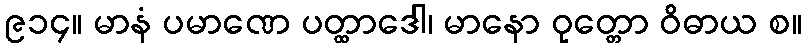
၉၁၄။ မာနံ ပမာဏေ ပတ္ထာဒေါ၊ မာနော ဝုတ္တော ဝိဓာယ စ။